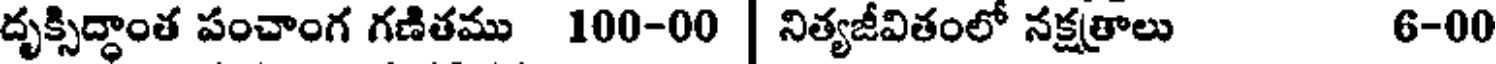
దృక్సిద్ధాంత పంచాంగ గణితము 100-00 | నిత్యజీవితంలో నక్షత్రాలు 6-00